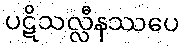
ပဋိသလ္လီနဿပေ